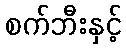
စက်ဘီးနှင့်